Leningradi_Edasi_toimetus, lk 47
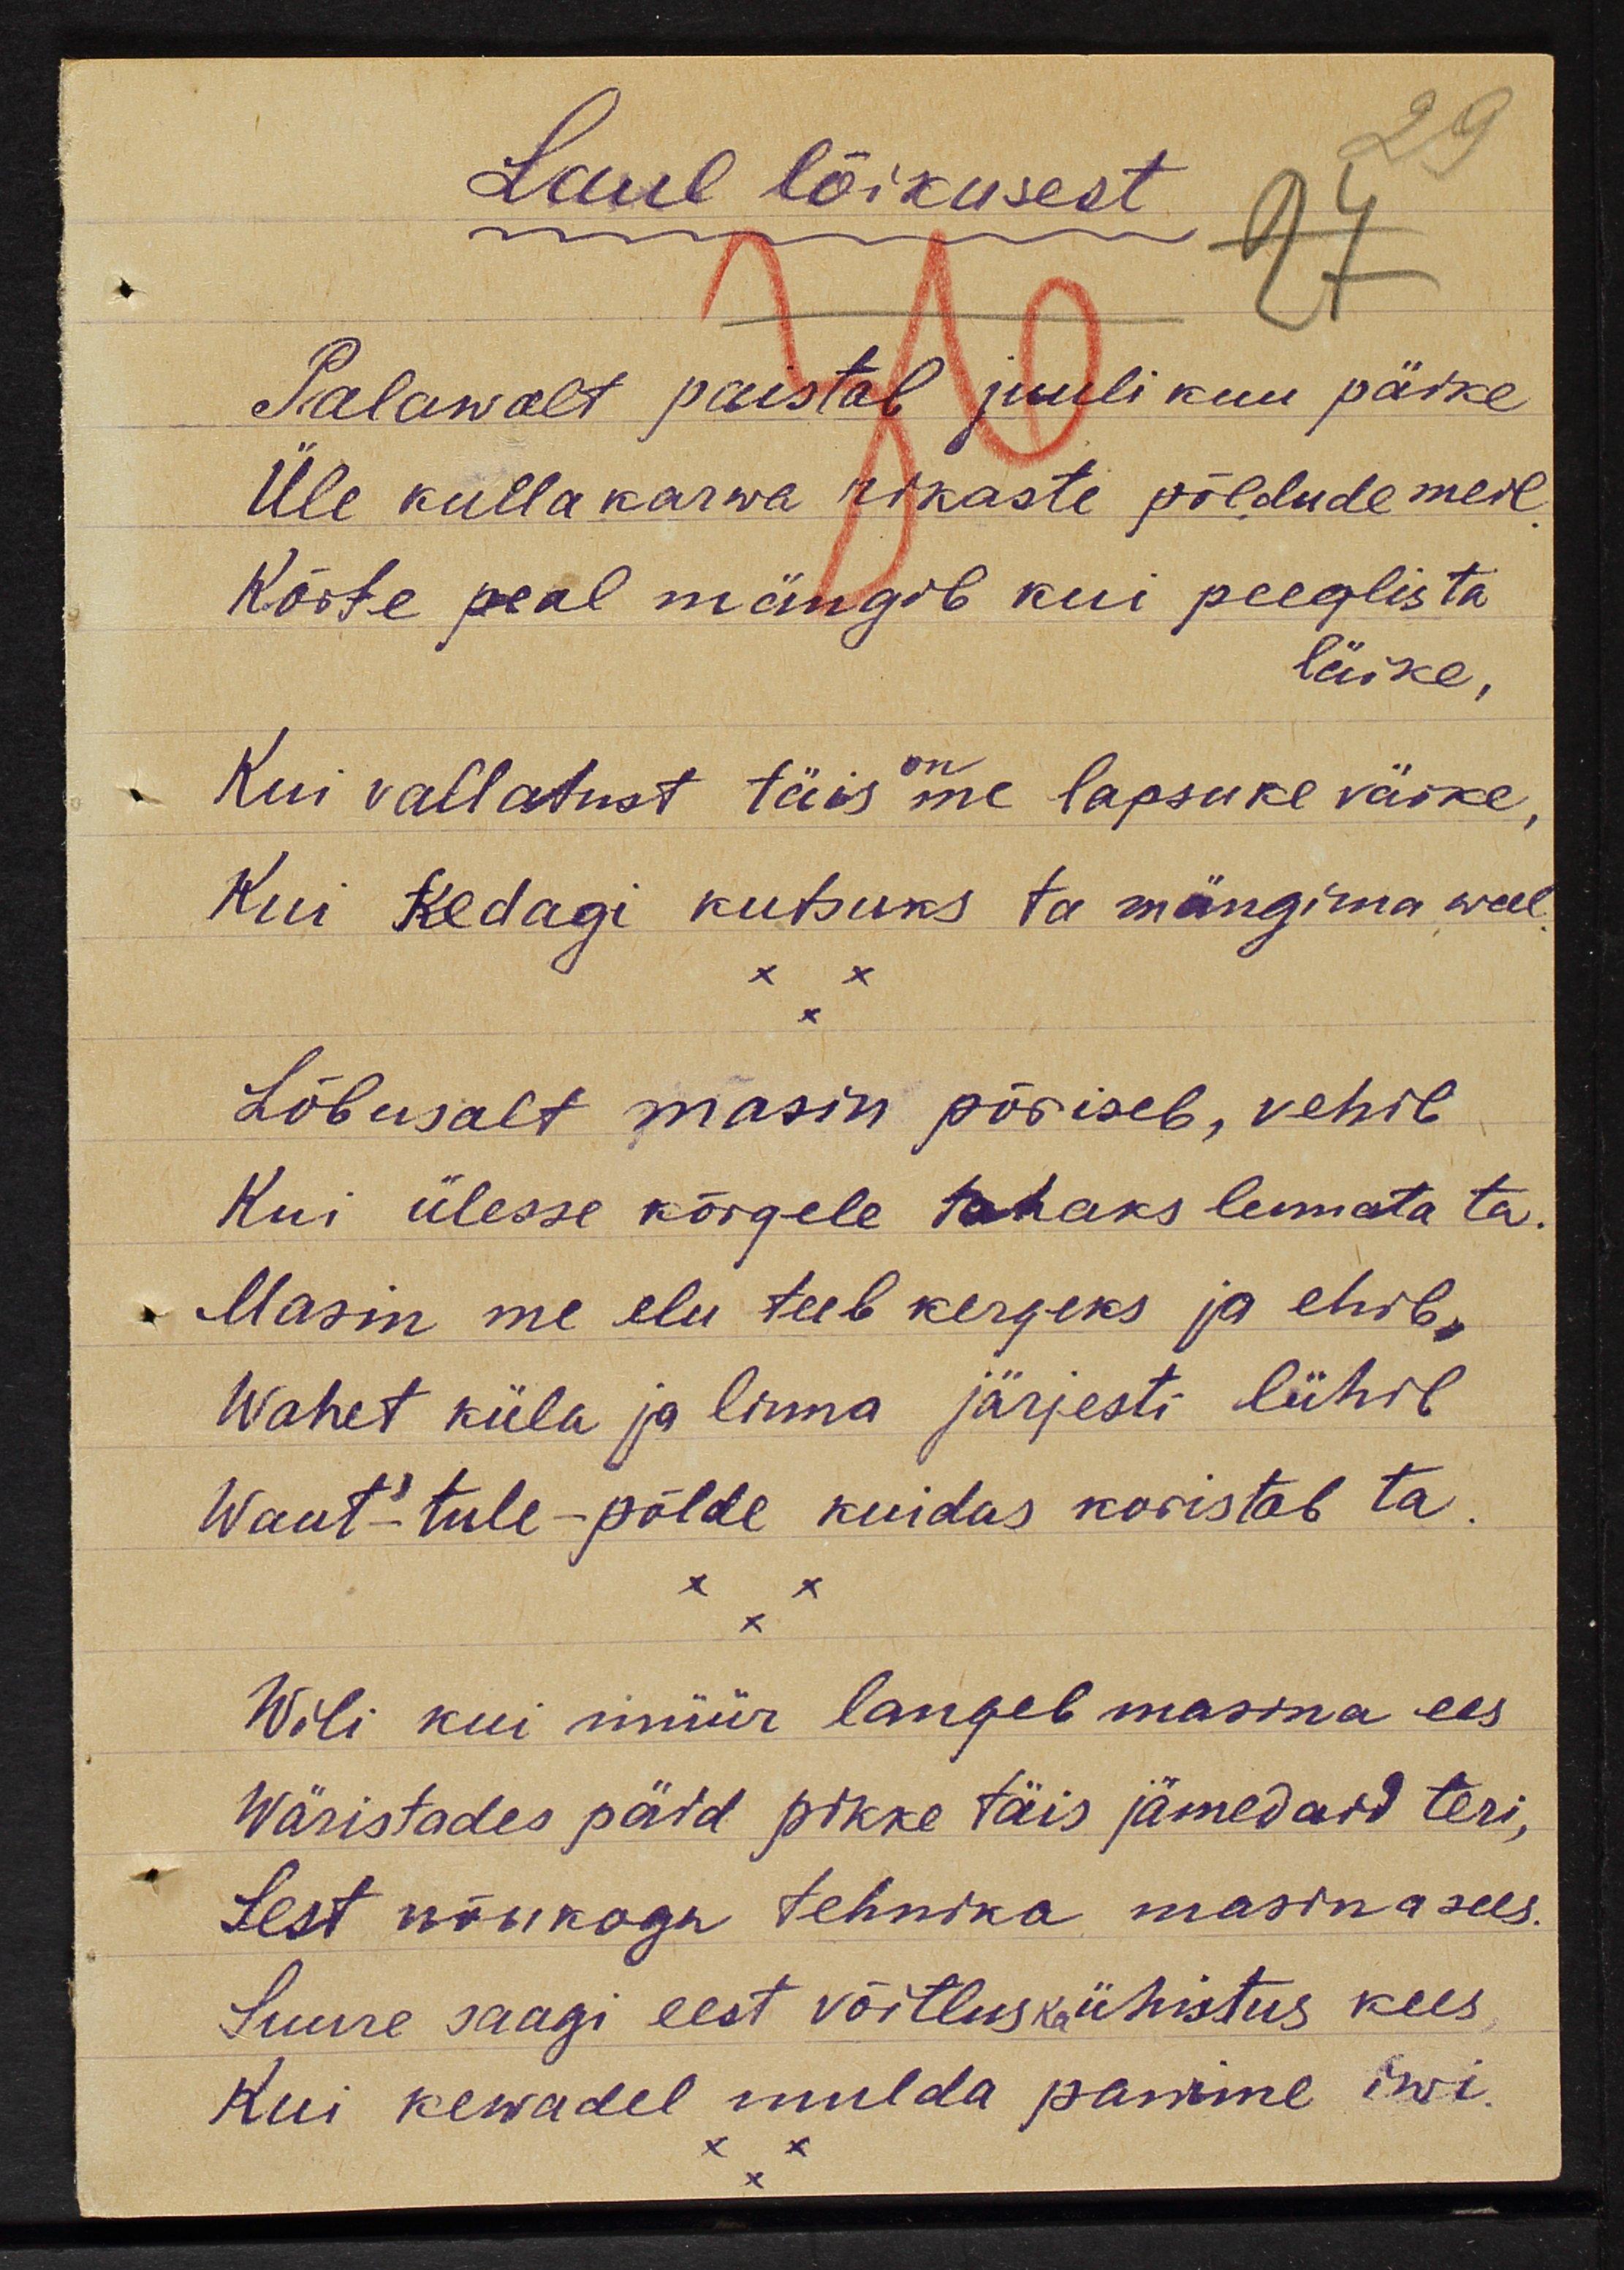
Laul lõikusest
Palawalt paistab juulikuu päike
Üle kullakarwa rikaste põldude meil.
Kõige pealt mängib kui peeglis ta
läike,
Kui vallatust täis me lapsuke väike,
Kui kedagi kutsuks ta mängima weel.
Lõbusalt masin põriseb, vehib
Kui ülesse kõrgele tahaks lennata ta.
Masin me elu teeb kargeks ja ehib.
Wahest küla ja linna järjest lühib
Waat'-tule-põlde kuidas koristab ta.
Wili kui müür langeb masina ees
Wäristades päid pikke täis jämedasid teri,
Sest wõbinaga tehnika masina sees.
Suure saagi eest võitlus ka ühistus kees
kui kewadel mulda panime iwi.